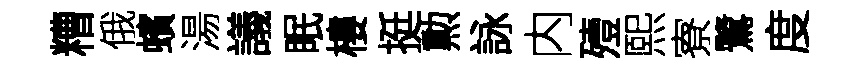
糟俄蠙湯議眠樓挺勲詠内殪熙寮鷺度